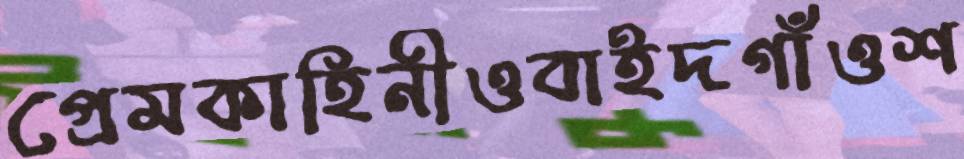
প্রেমকাহিনীওবাইদগাঁওশ